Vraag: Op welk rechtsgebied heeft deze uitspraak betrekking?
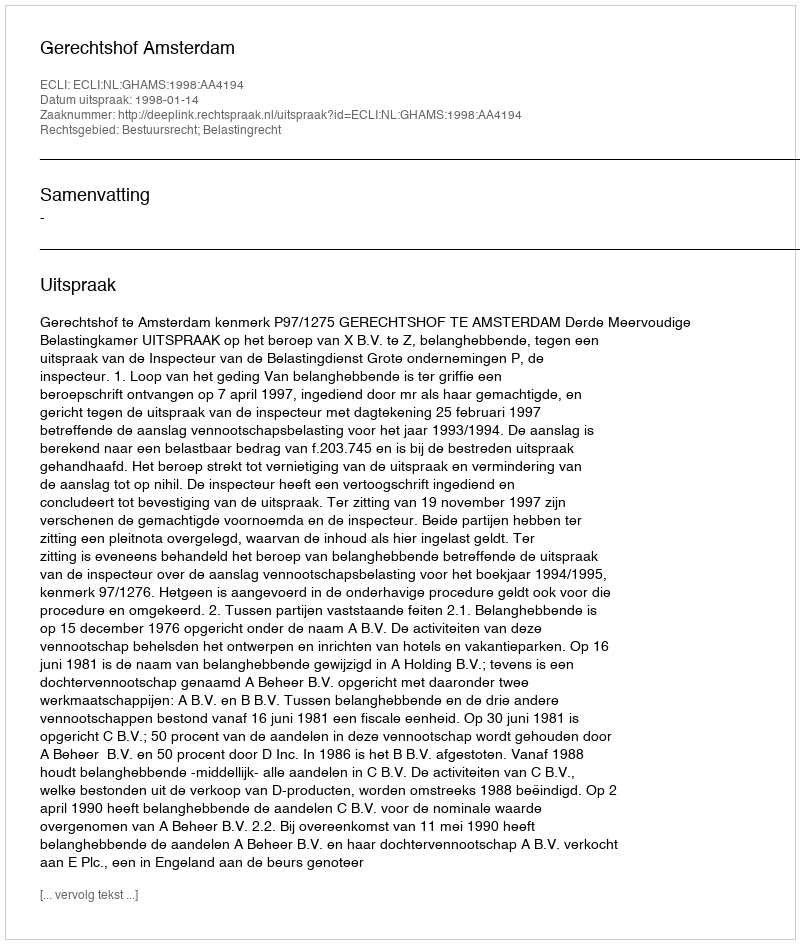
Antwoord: Bestuursrecht; Belastingrecht